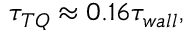
\tau _ { T Q } \approx 0 . 1 6 \tau _ { w a l l } ,